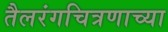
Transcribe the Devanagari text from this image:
तैलरंगचित्रणाच्या